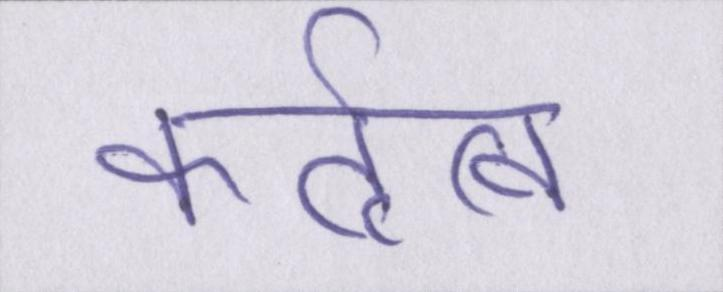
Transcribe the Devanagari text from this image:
कर्तृत्व